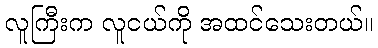
လူကြီးက လူငယ်ကို အထင်သေးတယ်။